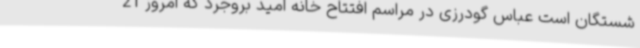
شستگان است عباس گودرزی در مراسم افتتاح خانه امید بروجرد که امروز 21